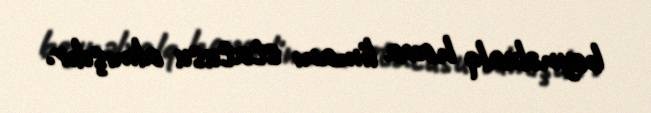
beynəlxalq hava limanı statusu almışdır.